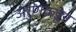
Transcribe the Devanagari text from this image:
अरुणकडून